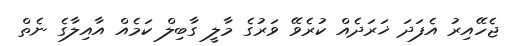
ޖެހޭއިރު އެފަދަ ޚަރަދެއް ކުރެވޭ ވަރުގެ މާލީ ގާބިލް ކަމެއް އާއިލާގެ ނެތް